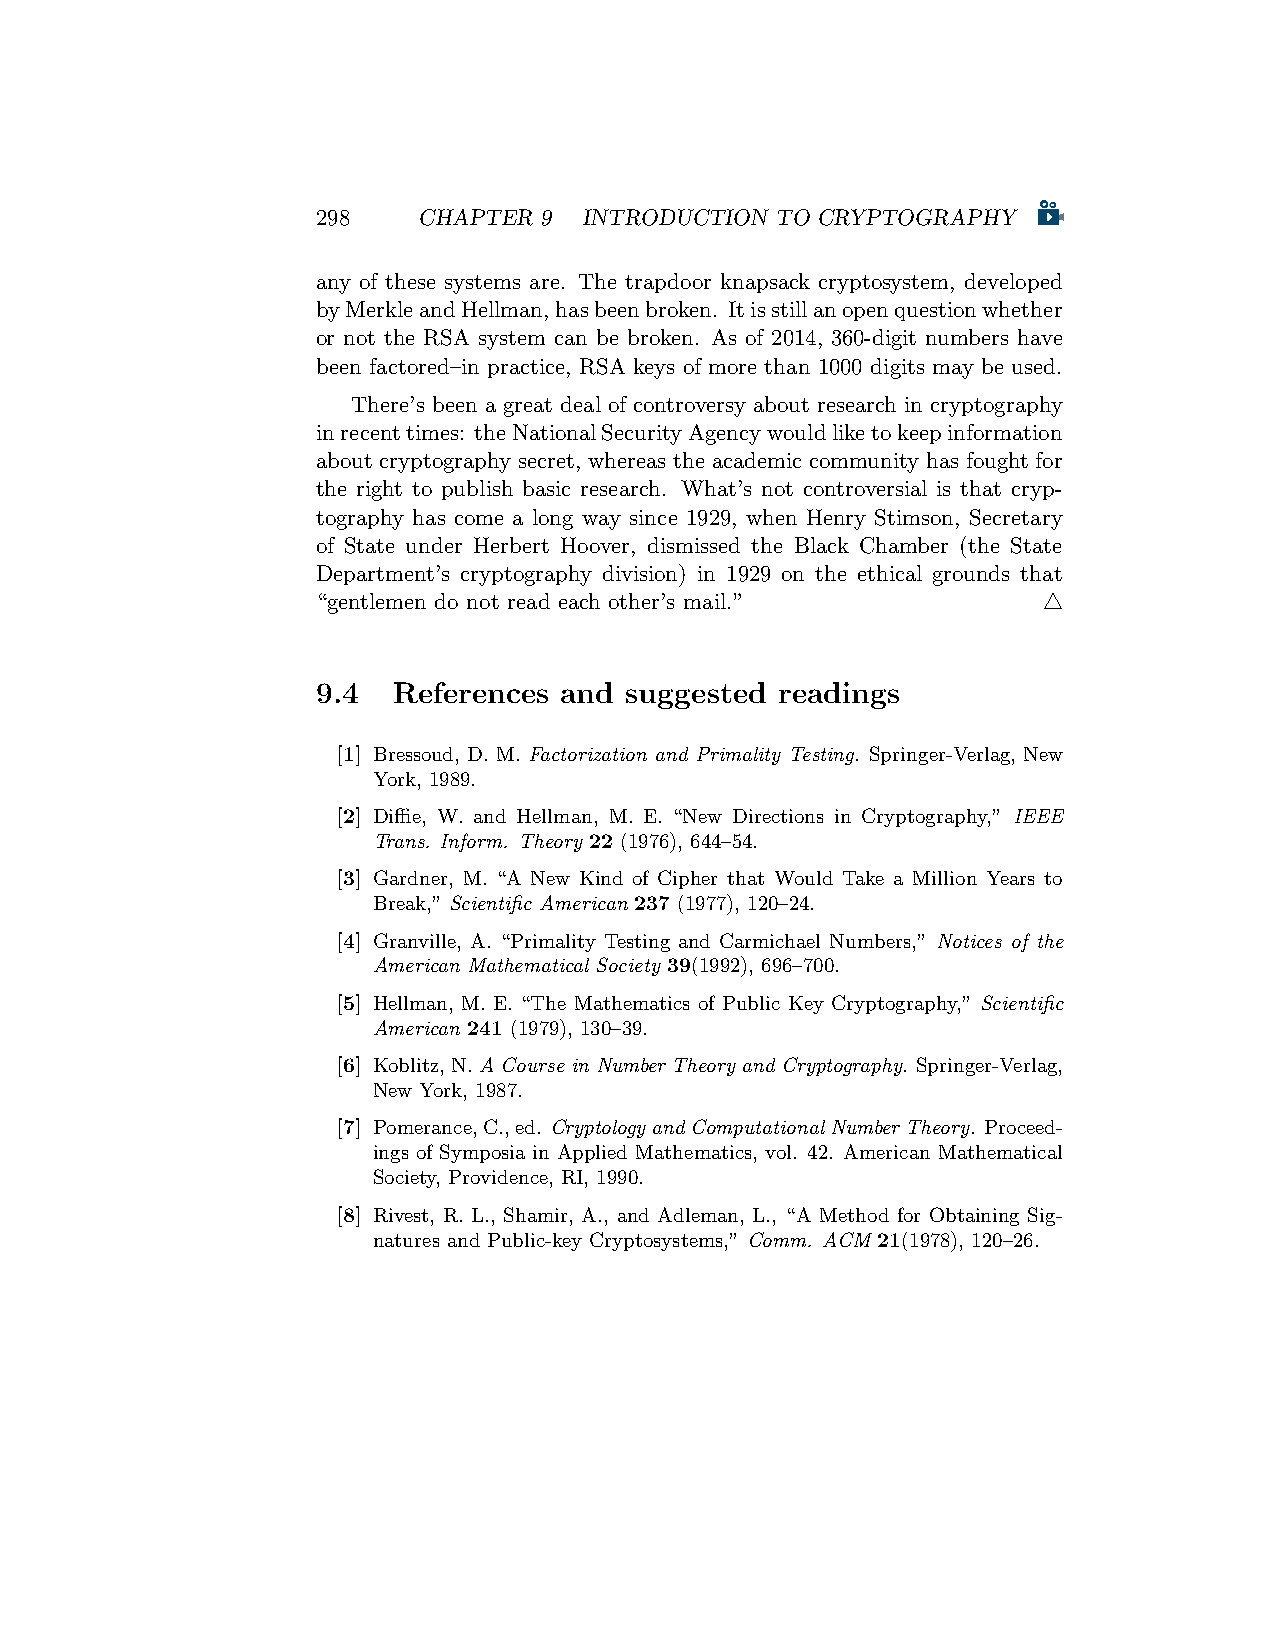
298    CHAPTER 9  INTRODUCTION TO CRYPTOGRAPHY
 any of these systems are. The trapdoor knapsack cryptosystem, developed
 byMerkleandHellman,hasbeenbroken. Itisstillanopenquestionwhether
 or not the RSA system can be broken. As of 2014, 360-digit numbers have
 been factored–in practice, RSA keys of more than 1000 digits may be used.
 There’s been a great deal of controversy about research in cryptography
 inrecenttimes: theNationalSecurityAgencywouldliketokeepinformation
 about cryptography secret, whereas the academic community has fought for
 the right to publish basic research. What’s not controversial is that cryp-
 tography has come a long way since 1929, when Henry Stimson, Secretary
 of State under Herbert Hoover, dismissed the Black Chamber (the State
 Department’s cryptography division) in 1929 on the ethical grounds that
 “gentlemen do not read each other’s mail.”      △
 9.4  References and suggested  readings
 [1] Bressoud, D. M. Factorization and Primality Testing. Springer-Verlag, New
 York, 1989.
 [2] Diffie, W. and Hellman, M. E. “New Directions in Cryptography,” IEEE
 Trans. Inform. Theory 22 (1976), 644–54.
 [3] Gardner, M. “A New Kind of Cipher that Would Take a Million Years to
 Break,” Scientific American 237 (1977), 120–24.
 [4] Granville, A. “Primality Testing and Carmichael Numbers,” Notices of the
 American Mathematical Society 39(1992), 696–700.
 [5] Hellman, M. E. “The Mathematics of Public Key Cryptography,” Scientific
 American 241 (1979), 130–39.
 [6] Koblitz,N.A Course in Number Theory and Cryptography. Springer-Verlag,
 New York, 1987.
 [7] Pomerance,C.,ed. CryptologyandComputationalNumberTheory. Proceed-
 ings of Symposia in Applied Mathematics, vol. 42. American Mathematical
 Society, Providence, RI, 1990.
 [8] Rivest, R. L., Shamir, A., and Adleman, L., “A Method for Obtaining Sig-
 natures and Public-key Cryptosystems,” Comm. ACM 21(1978), 120–26.